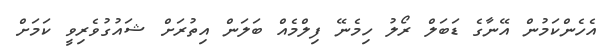
އެހެންކަމުން އޭނާގެ ޑަބަލް ރޯލު ހިމެނޭ ފިލްމެއް ބަލަން އިތުރަށް ޝައުގުވެރިވީ ކަމަށް